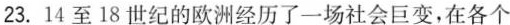
23.14至18世纪的欧洲经历了一场社会巨变，在各个